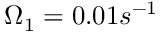
\Omega _ { 1 } = 0 . 0 1 s ^ { - 1 }